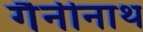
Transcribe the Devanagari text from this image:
गैनीनाथ